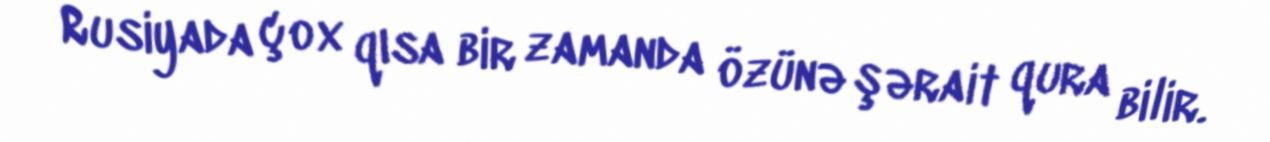
Rusiyada çox qısa bir zamanda özünə şərait qura bilir.